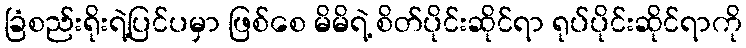
ခြံစည်းရိုးရဲ့ပြင်ပမှာ ဖြစ်စေ မိမိရဲ့ စိတ်ပိုင်းဆိုင်ရာ ရုပ်ပိုင်းဆိုင်ရာကို